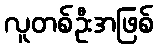
လူတစ်ဦးအဖြစ်